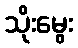
သိုးမွေး